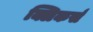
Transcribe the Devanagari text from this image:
क्लिकर्स